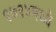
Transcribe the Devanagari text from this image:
१७१४मध्ये